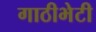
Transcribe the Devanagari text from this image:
गाठीभेटी